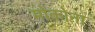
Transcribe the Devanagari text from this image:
मोकोना